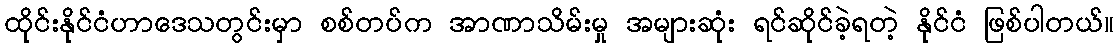
ထိုင်းနိုင်ငံဟာဒေသတွင်းမှာ စစ်တပ်က အာဏာသိမ်းမှု အများဆုံး ရင်ဆိုင်ခဲ့ရတဲ့ နိုင်ငံ ဖြစ်ပါတယ်။